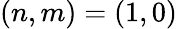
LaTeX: (n,m)=(1,0)